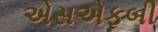
એસએફબી